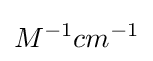
M^{-1}cm^{-1}